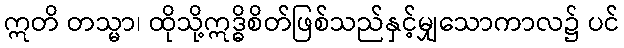
ဣတိ တသ္မာ၊ ထိုသို့ဣဒ္ဓိစိတ်ဖြစ်သည်နှင့်မျှသောကာလ၌ ပင်